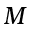
M